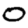
Digit: 0